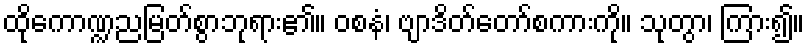
ထိုကောဏ္ဍညမြတ်စွာဘုရား၏။ ဝစနံ၊ ဗျာဒိတ်တော်စကားကို။ သုတွာ၊ ကြား၍။